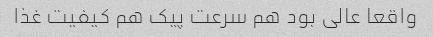
واقعا عالی بود هم سرعت پیک هم کیفیت غذا